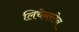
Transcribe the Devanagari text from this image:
लिचेनस्टेन